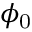
\phi _ { \mathrm { 0 } }